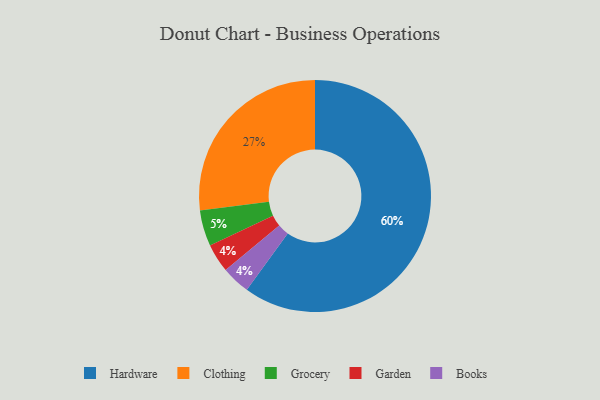
{"axis": {"x": "Category", "y": "Percentage"}, "legend": ["Books", "Clothing", "Garden", "Grocery", "Hardware"], "data": [{"x": "Garden", "y": 4, "type": "Garden"}, {"x": "Clothing", "y": 27, "type": "Clothing"}, {"x": "Books", "y": 4, "type": "Books"}, {"x": "Grocery", "y": 5, "type": "Grocery"}, {"x": "Hardware", "y": 60, "type": "Hardware"}]}